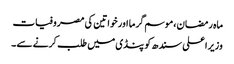
ماہ رمضان،موسم گرما اور خواتین کی مصروفیات
وزیراعلی سندھ کو پنڈی میں طلب کرنے سے ۔